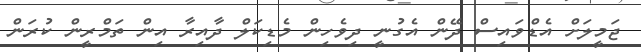
ޖަމީލަށް އެޑްވައިސް ދޭން އެގުނީ ދިވެހިން މެޑިކަލް ދާއިރާ އިން ތަމްރީން ކުރަން